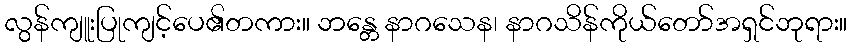
လွန်ကျူးပြုကျင့်ပေ၏တကား။ ဘန္တေ နာဂသေန၊ နာဂသိန်ကိုယ်တော်အရှင်ဘုရား။